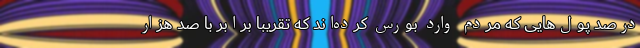
درصد پول‌هایی که مردم وارد بورس کرده‌اند که تقریباً برابر با صد هزار